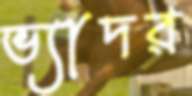
ভ্যাদর